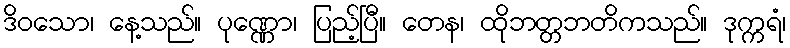
ဒိဝသော၊ နေ့သည်။ ပုဏ္ဏော၊ ပြည့်ပြီ။ တေန၊ ထိုဘတ္တဘတိကသည်။ ဒုက္ကရံ၊